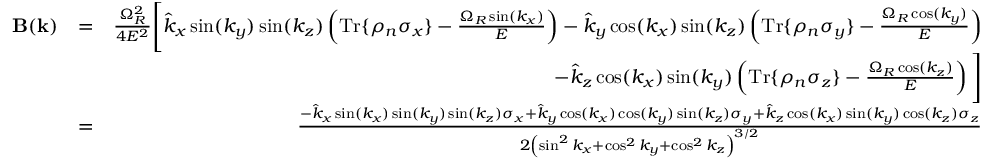
\begin{array} { r l r } { \mathbf { B } ( \mathbf { k } ) } & { = } & { \frac { \Omega _ { R } ^ { 2 } } { 4 E ^ { 2 } } \Bigg [ \hat { k } _ { x } \sin ( k _ { y } ) \sin ( k _ { z } ) \left( \mathrm { T r } \{ \rho _ { n } \sigma _ { x } \} - \frac { \Omega _ { R } \sin ( k _ { x } ) } { E } \right) - \hat { k } _ { y } \cos ( k _ { x } ) \sin ( k _ { z } ) \left( \mathrm { T r } \{ \rho _ { n } \sigma _ { y } \} - \frac { \Omega _ { R } \cos ( k _ { y } ) } { E } \right) } \\ & { } & { \; \; - \hat { k } _ { z } \cos ( k _ { x } ) \sin ( k _ { y } ) \left( \mathrm { T r } \{ \rho _ { n } \sigma _ { z } \} - \frac { \Omega _ { R } \cos ( k _ { z } ) } { E } \right) \Bigg ] } \\ & { = } & { \frac { - \hat { k } _ { x } \sin ( k _ { x } ) \sin ( k _ { y } ) \sin ( k _ { z } ) \sigma _ { x } + \hat { k } _ { y } \cos ( k _ { x } ) \cos ( k _ { y } ) \sin ( k _ { z } ) \sigma _ { y } + \hat { k } _ { z } \cos ( k _ { x } ) \sin ( k _ { y } ) \cos ( k _ { z } ) \sigma _ { z } } { 2 \left( \sin ^ { 2 } k _ { x } + \cos ^ { 2 } k _ { y } + \cos ^ { 2 } k _ { z } \right) ^ { 3 / 2 } } } \end{array}